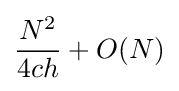
{\frac {N^{2}}{4ch}}+O(N)